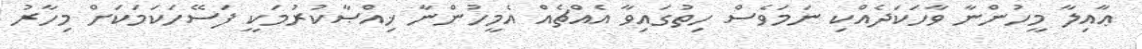
ޢާއިލާ މީހުންނާ ވާހަކަދެއްކި ނަމަވެސް ހިތުގައިވާ އެއްޗެއް އެމީހުންނާ ޚިއްޞާކުރުމަކީ ފަސޭހަކަމަކަށް މިހާރު